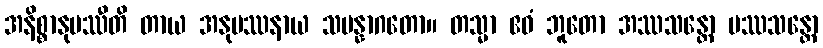
အနိစ္စာနုပဿီတိ တာယ အနုပဿနာယ သမန္နာဂတော။ တသ္မာ ဧဝံ ဘူတော အဿသန္တော ပဿသန္တော